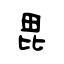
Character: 毘